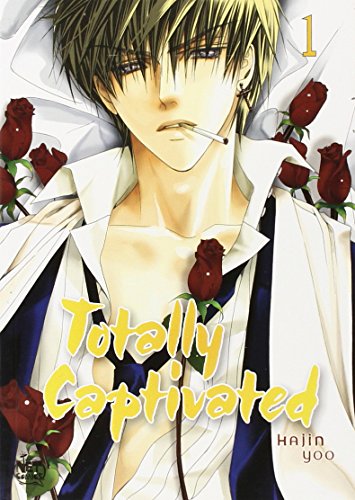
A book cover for Totally Captivated Volume 1 (v. 1); Hajin Yoo; Comics & Graphic Novels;